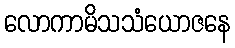
လောကာမိသသံယောဇနေ